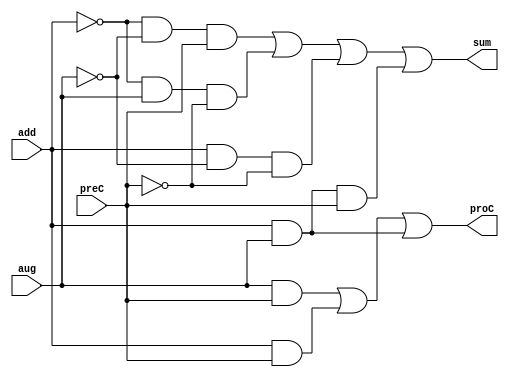
/* fullAdder1bit
   copyright 2012 (pika1021@gmail.com)
   */
`timescale 1ns / 100ps

module fullAdder1bit(proC, sum, add, aug, preC);
  input add, aug, preC;
  output proC, sum;

  assign proC = aug & preC | add & preC | add & aug;
  assign sum = ~add & ~aug & preC | ~add & aug & ~preC |
         add & ~aug & ~preC | add & aug & preC;

endmodule